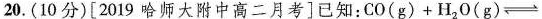
20. (10分)[2019哈师大附中高二月考]已知： $$C O ( g ) + H _ { 2 } O ( g ) \rightleftharp